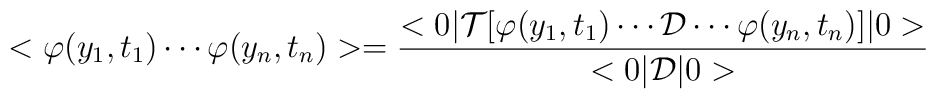
<\varphi(y_1,t_1)\cdots\varphi(y_n,t_n)>=\frac{<0|{\cal{T}}[\varphi(y_1,t_1)\cdots{\cal{D}}\cdots\varphi(y_n,t_n)]|0>}{<0|{\cal{D}}|0>}